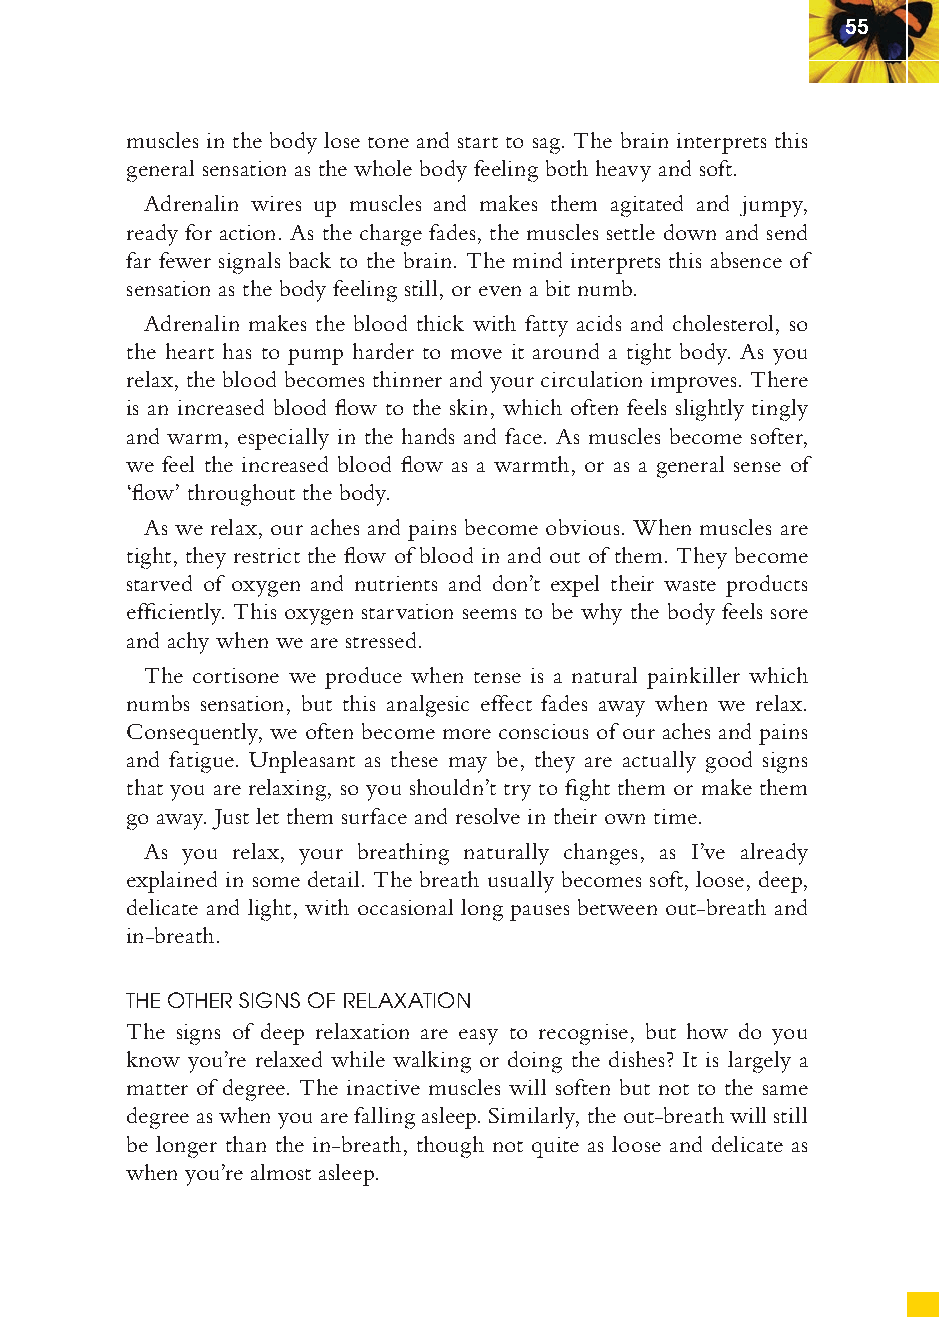
55
 muscles in the body lose tone and start to sag. The brain interprets this
 general sensation as the whole body feeling both heavy and soft.
 Adrenalin wires up muscles and makes them agitated and jumpy,
 ready for action. As the charge fades, the muscles settle down and send
 far fewer signals back to the brain. The mind interprets this absence of
 sensation as the body feeling still, or even a bit numb.
 Adrenalin makes the blood thick with fatty acids and cholesterol, so
 the heart has to pump harder to move it around a tight body. As you
 relax, the blood becomes thinner and your circulation improves. There
 is an increased blood fl ow to the skin, which often feels slightly tingly
 and warm, especially in the hands and face. As muscles become softer,
 we feel the increased blood fl ow as a warmth, or as a general sense of
 ‘fl ow’ throughout the body.
 As we relax, our aches and pains become obvious. When muscles are
 tight, they restrict the fl ow of blood in and out of them. They become
 starved of oxygen and nutrients and don’t expel their waste products
 effi ciently. This oxygen starvation seems to be why the body feels sore
 and achy when we are stressed.
 The cortisone we produce when tense is a natural painkiller which
 numbs sensation, but this analgesic effect fades away when we relax.
 Consequently, we often become more conscious of our aches and pains
 and fatigue. Unpleasant as these may be, they are actually good signs
 that you are relaxing, so you shouldn’t try to fi ght them or make them
 go away. Just let them surface and resolve in their own time.
 As you relax, your breathing naturally changes, as I’ve already
 explained in some detail. The breath usually becomes soft, loose, deep,
 delicate and light, with occasional long pauses between out-breath and
 in-breath.
 THE OTHER SIGNS OF RELAXATION
 The signs of deep relaxation are easy to recognise, but how do you
 know you’re relaxed while walking or doing the dishes? It is largely a
 matter of degree. The inactive muscles will soften but not to the same
 degree as when you are falling asleep. Similarly, the out-breath will still
 be longer than the in-breath, though not quite as loose and delicate as
 when you’re almost asleep.
 ffiivvee__220000667788..iinndddd SSeecc11::5599     3300//55//0055 55::0044::0088 PPMM